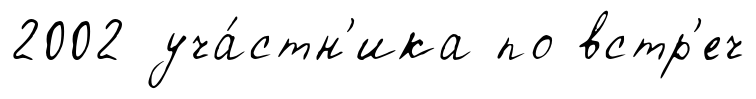
2002 уча́стн'ика по встр'еч